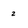
Character: z